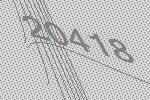
20418